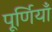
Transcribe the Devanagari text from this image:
पूर्णियाँ